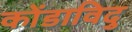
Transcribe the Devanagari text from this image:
कोंडाविदु